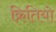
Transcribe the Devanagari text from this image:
क्रितियो